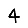
Digit: 4